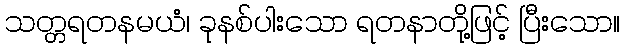
သတ္တရတနမယံ၊ ခုနစ်ပါးသော ရတနာတို့ဖြင့် ပြီးသော။